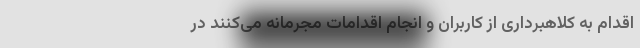
اقدام به کلاهبرداری از کاربران و انجام اقدامات مجرمانه می‌کنند در